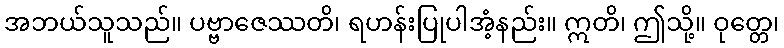
အဘယ်သူသည်။ ပဗ္ဗာဇေဿတိ၊ ရဟန်းပြုပါအံ့နည်း။ ဣတိ၊ ဤသို့။ ဝုတ္တေ၊